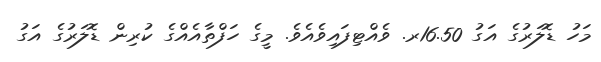
މަހު ޑޮލަރުގެ އަގު 16.50ރ. ވެއްޓިފައިވެއެވެ. މީގެ ހަފްތާއެއްގެ ކުރިން ޑޮލަރުގެ އަގު